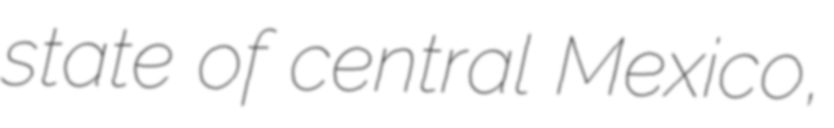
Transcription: state of central Mexico,